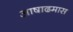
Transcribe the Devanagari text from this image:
अाषाढमास